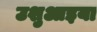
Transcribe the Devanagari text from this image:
उशुआइया